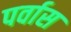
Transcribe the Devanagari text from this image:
पर्वास